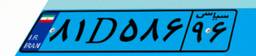
۱۰D۵۲۹۷۹